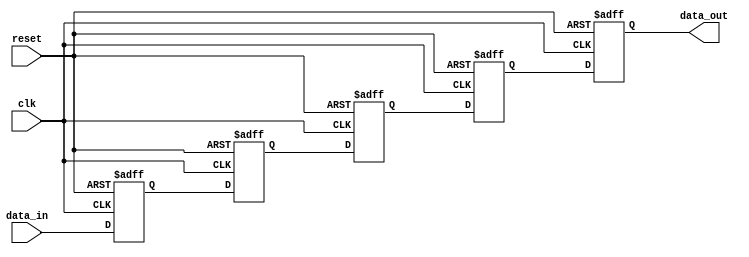
module ParamShiftReg #(
    parameter WIDTH = 8, // Default width of the register
    parameter DEPTH = 4   // Default depth of the register
) (
    input wire clk,                  // Clock signal
    input wire reset,                // Asynchronous reset
    input wire [WIDTH-1:0] data_in, // Input data to be loaded
    output reg [WIDTH-1:0] data_out  // Output data from the last stage
);

    // Internal register array for shift register
    reg [WIDTH-1:0] shift_reg [0:DEPTH-1];

    integer i;

    // Shift register behavior
    always @(posedge clk or posedge reset) begin
        if (reset) begin
            // Clear all stages of the shift register to zero
            for (i = 0; i < DEPTH; i = i + 1) begin
                shift_reg[i] <= {WIDTH{1'b0}}; // Set to zero
            end
            data_out <= {WIDTH{1'b0}}; // Clear output
        end else begin
            // Shift the contents of the register
            // Load data_in into the first stage
            shift_reg[0] <= data_in;

            // Shift the rest of the stages
            for (i = 1; i < DEPTH; i = i + 1) begin
                shift_reg[i] <= shift_reg[i-1];
            end

            // Output the value of the last stage
            data_out <= shift_reg[DEPTH-1];
        end
    end

endmodule